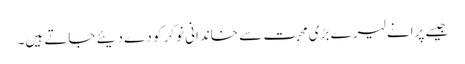
جیسے پرانے لیر ے بڑی محبت سے خاندانی نوکر کو دے دیئے جاتے ہیں۔